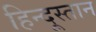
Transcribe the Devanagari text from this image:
हिन्दूस्तान